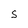
Character: S